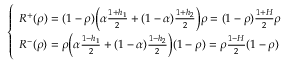
\begin{array} { r } { \left\{ \begin{array} { l l } { R ^ { + } ( \rho ) = ( 1 - \rho ) \bigg ( \alpha \frac { 1 + h _ { 1 } } { 2 } + ( 1 - \alpha ) \frac { 1 + h _ { 2 } } { 2 } \bigg ) \rho = ( 1 - \rho ) \frac { 1 + H } { 2 } \rho } \\ { R ^ { - } ( \rho ) = \rho \bigg ( \alpha \frac { 1 - h _ { 1 } } { 2 } + ( 1 - \alpha ) \frac { 1 - h _ { 2 } } { 2 } \bigg ) ( 1 - \rho ) = \rho \frac { 1 - H } { 2 } ( 1 - \rho ) } \end{array} \right. } \end{array}